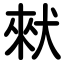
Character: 猌